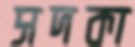
সদকা